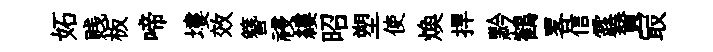
妬贱板啼塿效簪祲縷昭塑使焕捍黔鶴畧信露賛冣